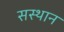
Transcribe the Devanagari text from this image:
सस्थान